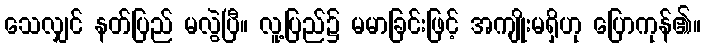
သေလျှင် နတ်ပြည် မလွဲပြီ။ လူ့ပြည်၌ မမာခြင်းဖြင့် အကျိုးမရှိဟု ပြောကုန်၏။